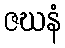
ဇဃနံ